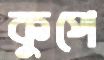
কুপে